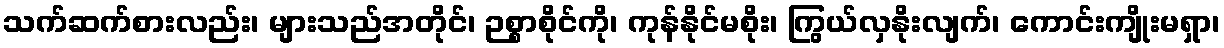
သက်ဆက်စားလည်း၊ များသည်အတိုင်၊ ဉစ္စာစိုင်ကို၊ ကုန်နိုင်မစိုး၊ ကြွယ်လှနိုးလျက်၊ ကောင်းကျိုးမရှာ၊